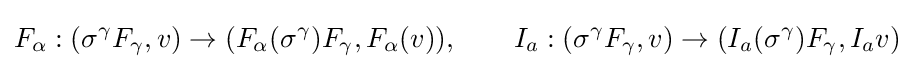
F_{\alpha }:(\sigma ^{\gamma }F_{\gamma },v)\to (F_{\alpha }(\sigma ^{\gamma })F_{\gamma },F_{\alpha }(v)),\qquad I_{a}:(\sigma ^{\gamma }F_{\gamma },v)\to (I_{a}(\sigma ^{\gamma })F_{\gamma },I_{a}v)